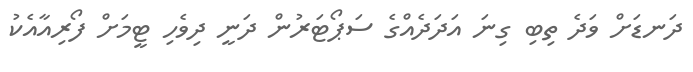
ދަނޑަށް ވަދެ ތިބި ގިނަ އަދަދެއްގެ ސަޕޯޓަރުން ދަނީ ދިވެހި ޓީމަށް ފޯރިއާއެކު